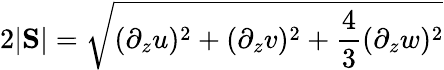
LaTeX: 2|\mathrm{\mathbf S}|=\sqrt{(\partial_{z}u)^{2}+(\partial_{z}v)^{2}+\frac{4}{3}(\partial_{z}w)^{2}}